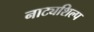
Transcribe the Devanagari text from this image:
नाट्यशिल्प